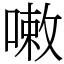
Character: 𠻳